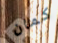
كمان